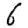
Digit: 6